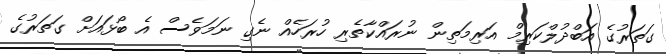
ގަތަރުގެ އަބްދުލްކަރިމް އަރިމަތިން ނުރައްކާތެރި ހުރަހެއް ނެގި ނަމަވެސް އެ ބޯޅައަށް ގަތަރުގެ